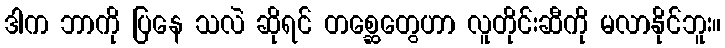
ဒါက ဘာကို ပြနေ သလဲ ဆိုရင် တစ္ဆေတွေဟာ လူတိုင်းဆီကို မလာနိုင်ဘူး။